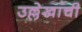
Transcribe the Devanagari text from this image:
उल्लेखांची